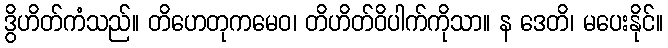
ဒွိဟိတ်ကံသည်။ တိဟေတုကမေဝ၊ တိဟိတ်ဝိပါက်ကိုသာ။ န ဒေတိ၊ မပေးနိုင်။